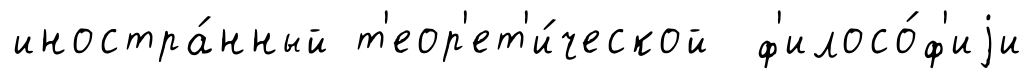
иностра́нный т'еор'ет'и́ческой ф'илосо́ф'иjи